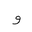
Letter: _waw